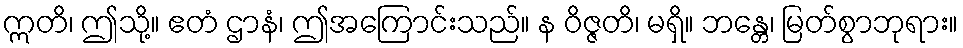
ဣတိ၊ ဤသို့။ ဧတံ ဌာနံ၊ ဤအကြောင်းသည်။ န ဝိဇ္ဇတိ၊ မရှိ။ ဘန္တေ၊ မြတ်စွာဘုရား။